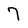
Character: 7